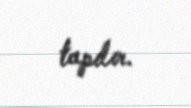
tapılır.